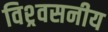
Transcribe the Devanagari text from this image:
विश्र्वसनीय